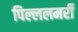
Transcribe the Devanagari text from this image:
पिल्ललमर्री